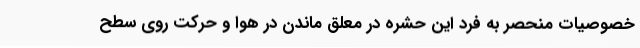
خصوصیات منحصر به فرد این حشره در معلق ماندن در هوا و حرکت روی سطح